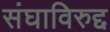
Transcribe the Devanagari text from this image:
संघाविरुद्द